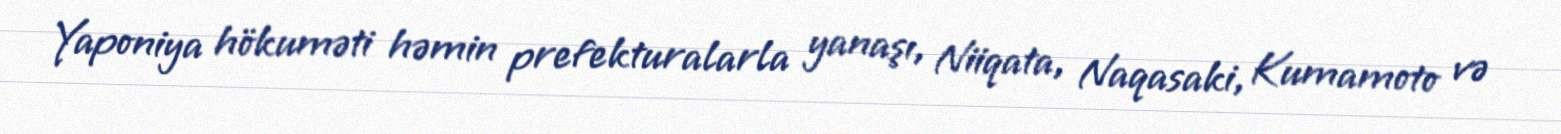
Yaponiya hökuməti həmin prefekturalarla yanaşı, Niiqata, Naqasaki, Kumamoto və